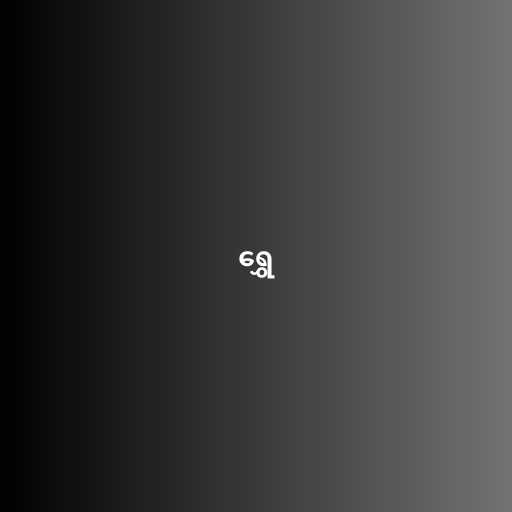
ရွှေ